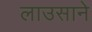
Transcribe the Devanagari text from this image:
लाउसाने